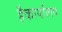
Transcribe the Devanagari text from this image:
हैकार्यालय